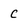
Character: C